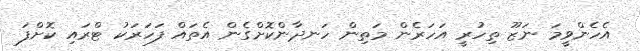
އެހެންވީމަ ނަޒޫ ތިހުރީ އަހަރެން މަތިން ހަނދާންކޮށްގެން އެތައް ފަހަރަކު ޓްރައި ކޮށްފަ